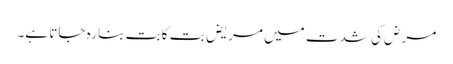
مرض کی شدت میں مریض بت کا بت بنا رہ جاتا ہے۔